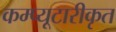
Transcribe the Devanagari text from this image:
कम्प्यूटारीकृत